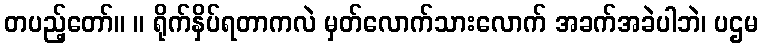
တပည့်တော်။ ။ ရိုက်နှိပ်ရတာကလဲ မှတ်လောက်သားလောက် အခက်အခဲပါဘဲ၊ ပဌမ